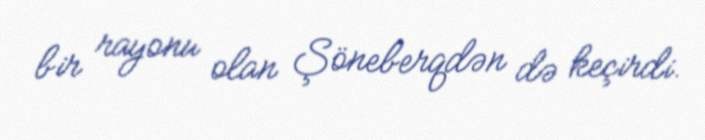
bir rayonu olan Şöneberqdən də keçirdi.